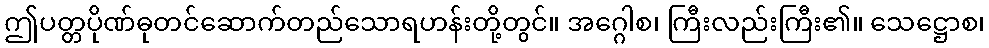
ဤပတ္တပိုဏ်ဓုတင်ဆောက်တည်သောရဟန်းတို့တွင်။ အဂ္ဂေါစ၊ ကြီးလည်းကြီး၏။ သေဋ္ဌောစ၊